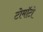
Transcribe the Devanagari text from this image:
टोमॉटो